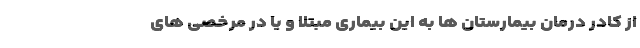
از کادر درمان بیمارستان ها به این بیماری مبتلا و یا در مرخصی های